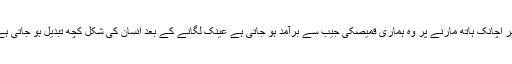
پھر اچانک ہاتھ مارنے پر وہ ہماری قمیصکی جیب سے برآمد ہو جاتی ہے عینک لگانے کے بعد انسان کی شکل کچھ تبدیل ہو جاتی ہے۔